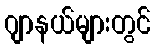
ဂျာနယ်များတွင်